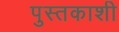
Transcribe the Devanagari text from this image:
पुस्तकाशी